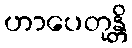
ဟာပေတုန္တိ